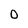
Character: O